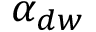
\alpha _ { d w }